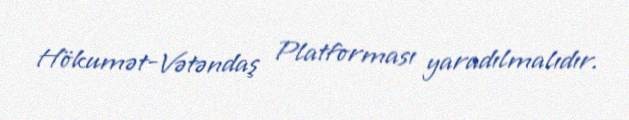
Hökumət-Vətəndaş Platforması yaradılmalıdır.